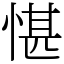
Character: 愖